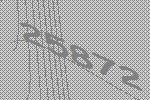
25872